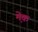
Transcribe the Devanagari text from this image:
मे़क